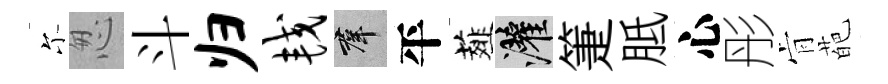
尓怱斗归较群平薤灌箑胝心彤肻葩